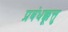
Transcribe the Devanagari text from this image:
प्रबंधक्कूत्तु